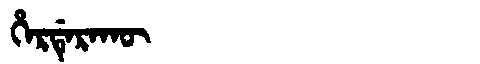
Manchu: ᡥᡝᡵᡩᡝᡵᠠᡴᡡ
Romanization: HERDERAKŪ